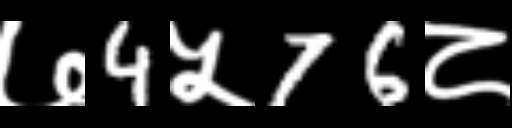
Text: ७4५76८